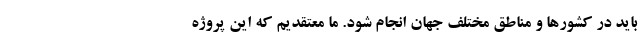
باید در کشور‌ها و مناطق مختلف جهان انجام شود. ما معتقدیم که این پروژه